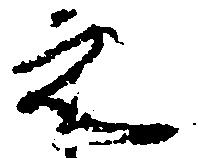
之